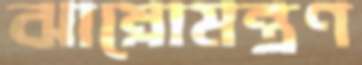
ঝাম্‌রোমন্ত্রণ